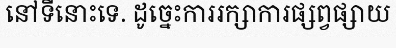
នៅទីនោះទេ. ដូច្នេះការរក្សាការផ្សព្វផ្សាយ